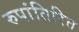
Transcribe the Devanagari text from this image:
रुपांतिरित